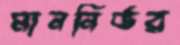
মাননির্ভর